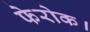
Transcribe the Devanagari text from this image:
फेरोक।